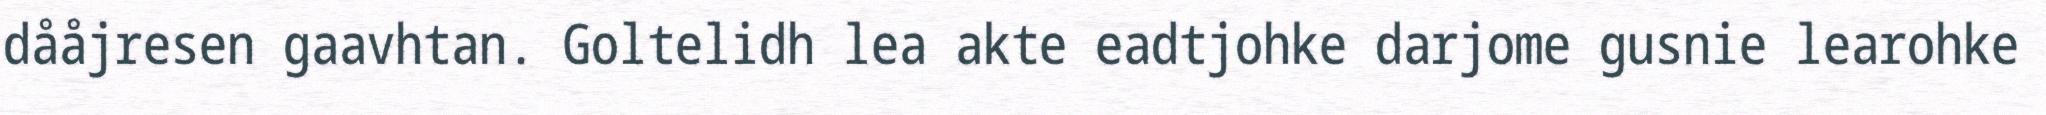
dååjresen gaavhtan. Goltelidh lea akte eadtjohke darjome gusnie learohke